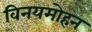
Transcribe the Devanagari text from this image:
विनयमोहन